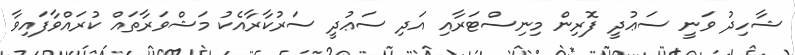
ޝާހިދު ވަނީ ސަޢުދީ ފޮރިން މިނިސްޓަރާއި އަދި ސަޢުދީ ސަރުކާރާއެކު މަޝްވަރާތައް ކުރައްވާފައިވާ